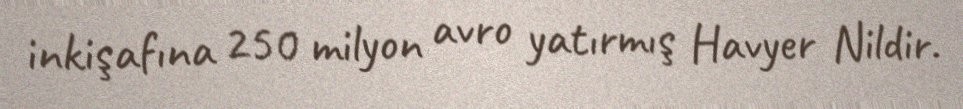
inkişafına 250 milyon avro yatırmış Havyer Nildir.